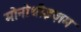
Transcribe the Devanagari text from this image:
मोनोथीइज़म